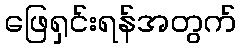
ဖြေရှင်းရန်အတွက်